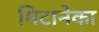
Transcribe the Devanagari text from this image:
मिटानेका